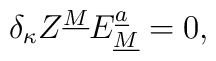
\delta_\kappa Z^{\underline M}E_{\underline M}^{\underline a}=0,